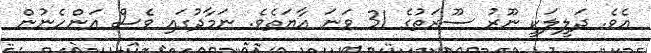
އެވެ. ދަލީލަކީ ނޫރު ސޫރަތުގެ 31 ވަނަ އާޔަތެވެ. ނަމާދުގައި ވެސް އަންހެނުން